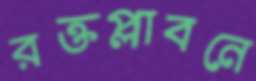
রক্তপ্লাবনে